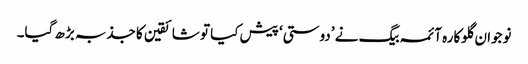
نوجوان گلوکارہ آئمہ بیگ نے ’دوستی‘ پیش کیا تو شائقین کا جذبہ بڑھ گیا۔